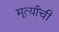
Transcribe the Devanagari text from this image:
मूर्त्यांची